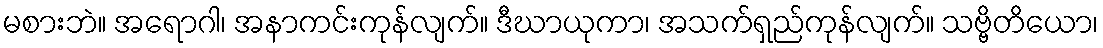
မစားဘဲ။ အရောဂါ၊ အနာကင်းကုန်လျက်။ ဒီဃာယုကာ၊ အသက်ရှည်ကုန်လျက်။ သဗ္ဗိတိယော၊